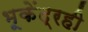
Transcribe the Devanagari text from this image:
भूकेंद्रही